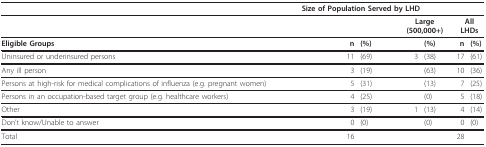
<table><thead><tr><td>[EMPTY_CELL]</td><td colspan="6"><b>Size of Population Served by LHD</b></td><td>[EMPTY_CELL]</td><td>[EMPTY_CELL]</td></tr></thead><tbody><tr><td>[EMPTY_CELL]</td><td colspan="2">[EMPTY_CELL]</td><td colspan="2">[EMPTY_CELL]</td><td colspan="2"><b>Large (500,000+)</b></td><td colspan="2"><b>All LHDs</b></td></tr><tr><td><b>Eligible Groups</b></td><td>[EMPTY_CELL]</td><td>[EMPTY_CELL]</td><td><b>n</b></td><td><b>(%)</b></td><td>[EMPTY_CELL]</td><td><b>(%)</b></td><td><b>n</b></td><td><b>(%)</b></td></tr><tr><td>Uninsured or underinsured persons</td><td>[EMPTY_CELL]</td><td>[EMPTY_CELL]</td><td>11</td><td>(69)</td><td>3</td><td>(38)</td><td>17</td><td>(61)</td></tr><tr><td>Any ill person</td><td>[EMPTY_CELL]</td><td>[EMPTY_CELL]</td><td>3</td><td>(19)</td><td>[EMPTY_CELL]</td><td>(63)</td><td>10</td><td>(36)</td></tr><tr><td>Persons at high-risk for medical complications of influenza (e.g. pregnant women)</td><td>[EMPTY_CELL]</td><td>[EMPTY_CELL]</td><td>5</td><td>(31)</td><td>[EMPTY_CELL]</td><td>(13)</td><td>7</td><td>(25)</td></tr><tr><td>Persons in an occupation-based target group (e.g. healthcare workers)</td><td>[EMPTY_CELL]</td><td>[EMPTY_CELL]</td><td>4</td><td>(25)</td><td>[EMPTY_CELL]</td><td>(0)</td><td>5</td><td>(18)</td></tr><tr><td>Other</td><td>[EMPTY_CELL]</td><td>[EMPTY_CELL]</td><td>3</td><td>(19)</td><td>1</td><td>(13)</td><td>4</td><td>(14)</td></tr><tr><td>Don't know/Unable to answer</td><td>[EMPTY_CELL]</td><td>[EMPTY_CELL]</td><td>0</td><td>(0)</td><td>[EMPTY_CELL]</td><td>(0)</td><td>0</td><td>(0)</td></tr><tr><td>Total</td><td>[EMPTY_CELL]</td><td>[EMPTY_CELL]</td><td>16</td><td>[EMPTY_CELL]</td><td>[EMPTY_CELL]</td><td>[EMPTY_CELL]</td><td>28</td><td>[EMPTY_CELL]</td></tr></tbody></table>